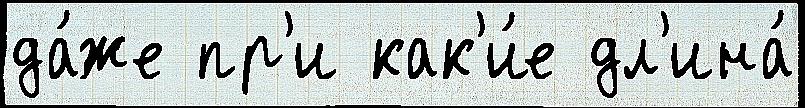
да́же пр'и как'и́е дл'ина́